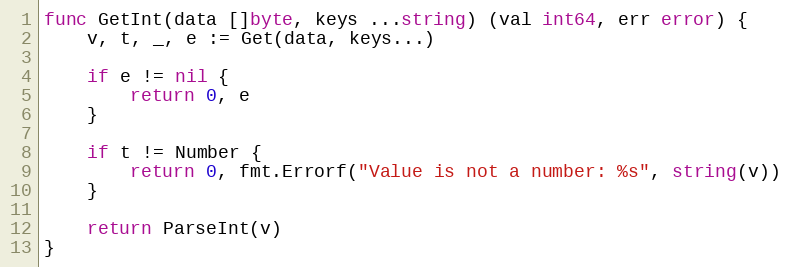
Language: Go
func GetInt(data []byte, keys ...string) (val int64, err error) {
	v, t, _, e := Get(data, keys...)

	if e != nil {
		return 0, e
	}

	if t != Number {
		return 0, fmt.Errorf("Value is not a number: %s", string(v))
	}

	return ParseInt(v)
}